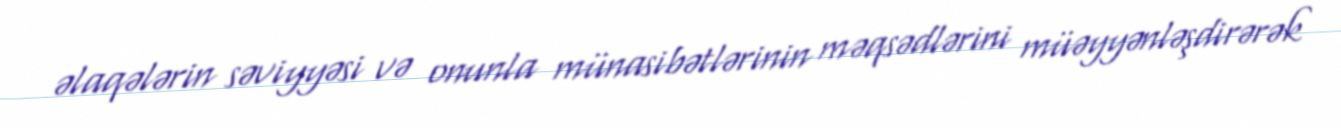
əlaqələrin səviyyəsi və onunla münasibətlərinin məqsədlərini müəyyənləşdirərək